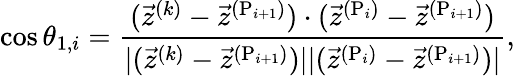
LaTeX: \cos\theta_{1,i}=\frac{(\vec{z}^{(k)}-\vec{z}^{(\mathrm{P}_{i+1})})\cdot(\vec{z}^{(\mathrm{P}_{i})}-\vec{z}^{(\mathrm{P}_{i+1})})}{|(\vec{z}^{(k)}-\vec{z}^{(\mathrm{P}_{i+1})})||(\vec{z}^{(\mathrm{P}_{i})}-\vec{z}^{(\mathrm{P}_{i+1})})|},